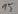
Text: 15